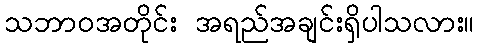
သဘာဝအတိုင်း အရည်အချင်းရှိပါသလား။